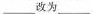
___ 改为 ___